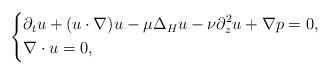
LaTeX: \begin{align*}\left\{\begin{aligned}&\partial_t u+(u\cdot\nabla)u-\mu\Delta_Hu-\nu\partial_z^2u+\nabla p=0,\\&\nabla\cdot u=0,\end{aligned}\right.\end{align*}